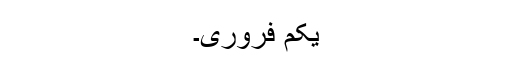
یکم فروری۔